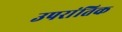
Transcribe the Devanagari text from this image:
उपरांतिक